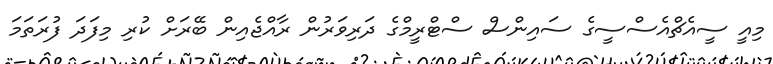
މިއީ ސީއެޗްއެސްސީގެ ސައިންސް ސްޓްރީމްގެ ދަރިވަރުން ރާއްޖެއިން ބޭރަށް ކުރި މިފަދަ ފުރަތަމަ